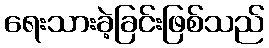
ရေးသားခဲ့ခြင်းဖြစ်သည်